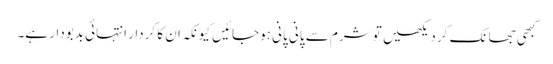
کبھی جھانک کر دیکھیں تو شرم سے پانی پانی ہوجائیں کیونکہ ان کا کردار انتہائی بدبودار ہے۔